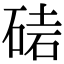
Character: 𥓩